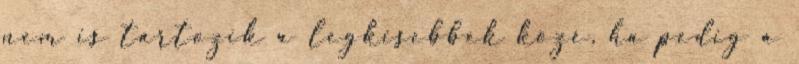
nem is tartozik a legkisebbek közé, ha pedig a